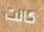
كانت